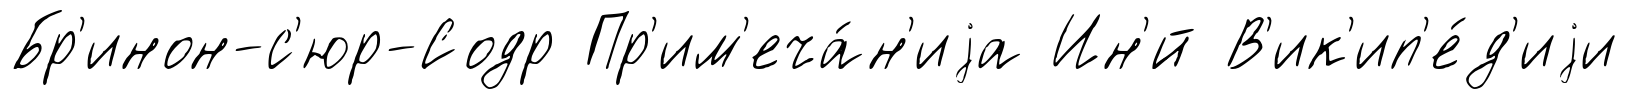
Бр'инон-с'юр-Содр Пр'им'еча́н'иjа Ин'́й В'ик'ип'е́д'иjи